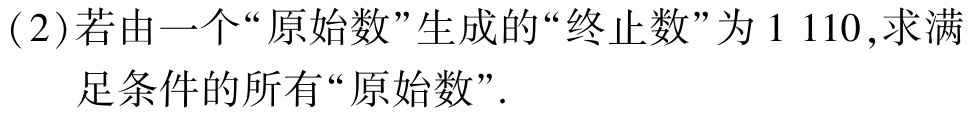
(2)若由一个“原始数”生成的“终止数”为$1\ 110$,求满足条件的所有“原始数”.